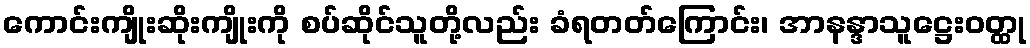
ကောင်းကျိုးဆိုးကျိုးကို စပ်ဆိုင်သူတို့လည်း ခံရတတ်ကြောင်း၊ အာနန္ဒာသူဋ္ဌေးဝတ္ထု